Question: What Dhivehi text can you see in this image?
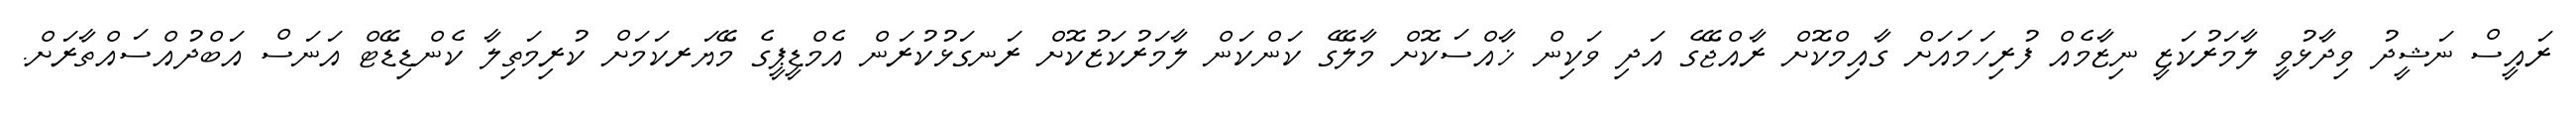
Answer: ރައީސް ނަޝީދު ވިދާޅުވީ ލާމަރުކަޒީ ނިޒާމެއް ފުރިހަމައަށް ގާއިމްކޮށް ރާއްޖޭގެ އަދި ވަކިން ޚާއްސަކޮށް މާލޭގެ ކަންކަން ލާމަރުކަޒުކޮށް ރަނގަޅުކުރަން އެމްޑީޕީގެ މޭޔަރކަމަށް ކުރިމަތިލާ ކެންޑިޑޭޓް އަނަސް އަބްދުއްސައްތާރަށް.